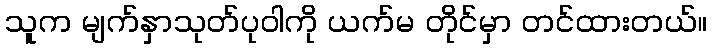
သူက မျက်နှာသုတ်ပုဝါကို ယက်မ တိုင်မှာ တင်ထားတယ်။